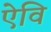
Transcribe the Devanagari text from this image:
ऐवि